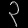
Digit: ၃